Mental hospitals Bombay report 1929-33 - 1929-1933
Year: 1929
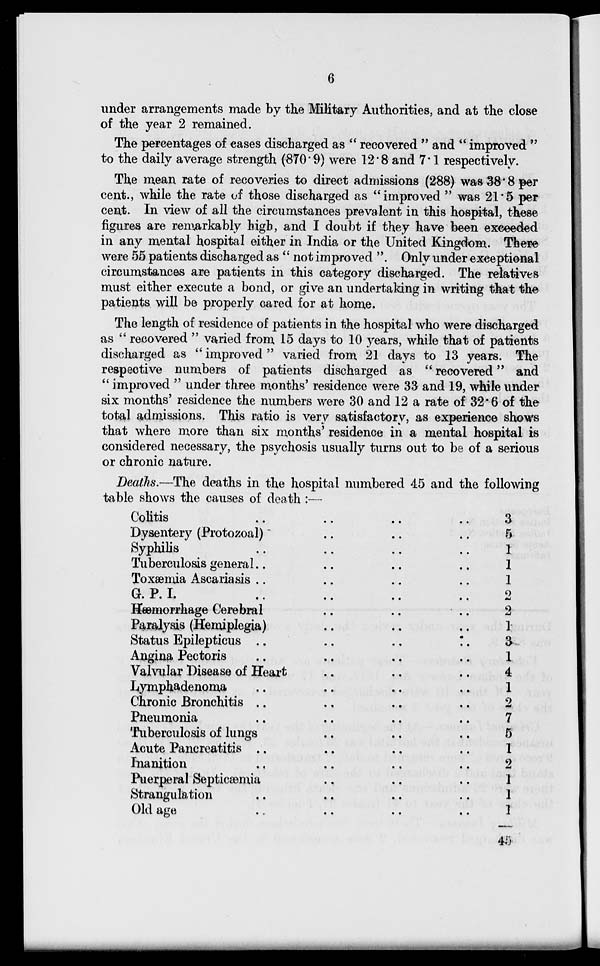
6
under arrangements made by the Military Authorities, and at the close
of the year 2 remained.
The percentages of cases discharged as " recovered " and " improved "
to the daily average strength (870.9) were 12.8 and 7.1 respectively.
The mean rate of recoveries to direct admissions (288) was 38.8 per
cent., while the rate of those discharged as "improved " was 21.5 per
cent. In view of all the circumstances prevalent in this hospital, these
figures are remarkably high, and I doubt if they have been exceeded
in any mental hospital either in India or the United Kingdom. There
were 55 patients discharged as " not improved ". Only under exceptional
circumstances are patients in this category discharged. The relatives
must either execute a bond, or give an undertaking in writing that the
patients will be properly cared for at home.
The length of residence of patients in the hospital who were discharged
as " recovered " varied from 15 days to 10 years, while that of patients
discharged as " improved " varied from 21 days to 13 years. The
respective numbers of patients discharged as " recovered" and
" improved " under three months' residence were 33 and 19, while under
six months' residence the numbers were 30 and 12 a rate of 32.6 of the
total admissions. This ratio is very satisfactory, as experience shows
that where more than six months' residence in a mental hospital is
considered necessary, the psychosis usually turns out to be of a serious
or chronic nature.
Deaths.—The deaths in the hospital numbered 45 and the following
table shows the causes of death :—
Colitis .. .. .. .. ..
Dysentery (Protozoal) .. .. ..
Syphilis .. .. .. ..
Tuberculosis general .. .. .. ..
Toxæmia Ascariasis .. .. .. ..
G. P. I. .. .. .. ..
Hæmorrhage Cerebral .. .. .. ..
Paralysis (Hemiplegia) .. .. .. ..
Status Epilepticus .. .. .. ..
Angina Pectoris .. .. .. ..
Valvular Disease of Heart .. .. ..
Lymphadenoma .. .. .. ..
Chronic Bronchitis .. .. .. ..
Pneumonia .. .. .. ..
Tuberculosis of lungs .. .. ..
Acute Pancreatitis .. .. .. ..
Inanition .. .. .. ..
Puerperal Septicæmia .. .. ..
Strangulation .. .. ..
Old age .. .. .. ..
3
5
1
1
1
2
2
1
3
1
4
1
2
7
5
1
2
1
1
1
45